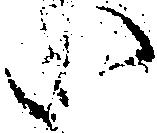
い